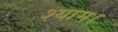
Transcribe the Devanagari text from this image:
श्याम।